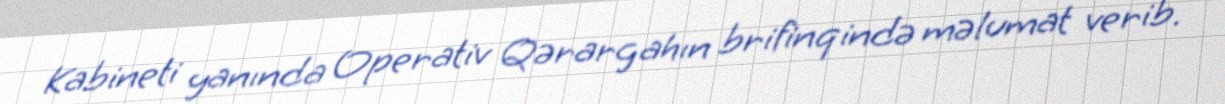
Kabineti yanında Operativ Qərargahın brifinqində məlumat verib.